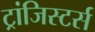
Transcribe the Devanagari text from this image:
ट्रांजिस्टर्स